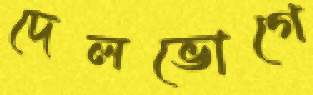
দেলভোগে